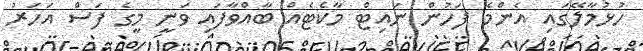
ހުޅުމާލޭގައި އެންމެ ފަހުން ނައިޓް މާކެޓެއް ބާއްވާފައި ވަނީ މީގެ ފަސް އަހަރު